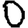
Digit: 0